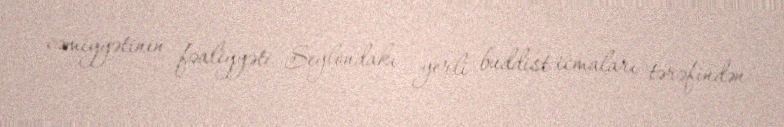
cəmiyyətinin fəaliyyəti Seylondakı yerli buddist icmaları tərəfindən